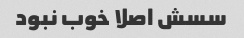
سسش اصلا خوب نبود